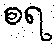
စရ